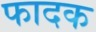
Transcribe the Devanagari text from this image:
फादक